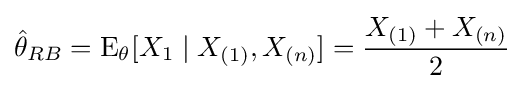
{\hat {\theta }}_{RB}=\operatorname {E} _{\theta }[X_{1}\mid X_{(1)},X_{(n)}]={\frac {X_{(1)}+X_{(n)}}{2}}